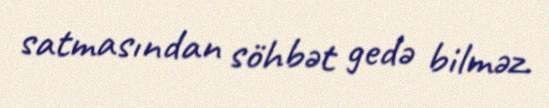
satmasından söhbət gedə bilməz.